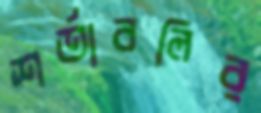
শর্তাবলির